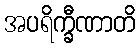
အပရိက္ခီဏာတိ